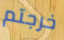
خرجتم